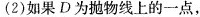
(2)如果D为抛物线上的一点，